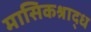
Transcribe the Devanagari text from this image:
मासिकश्राद्ध